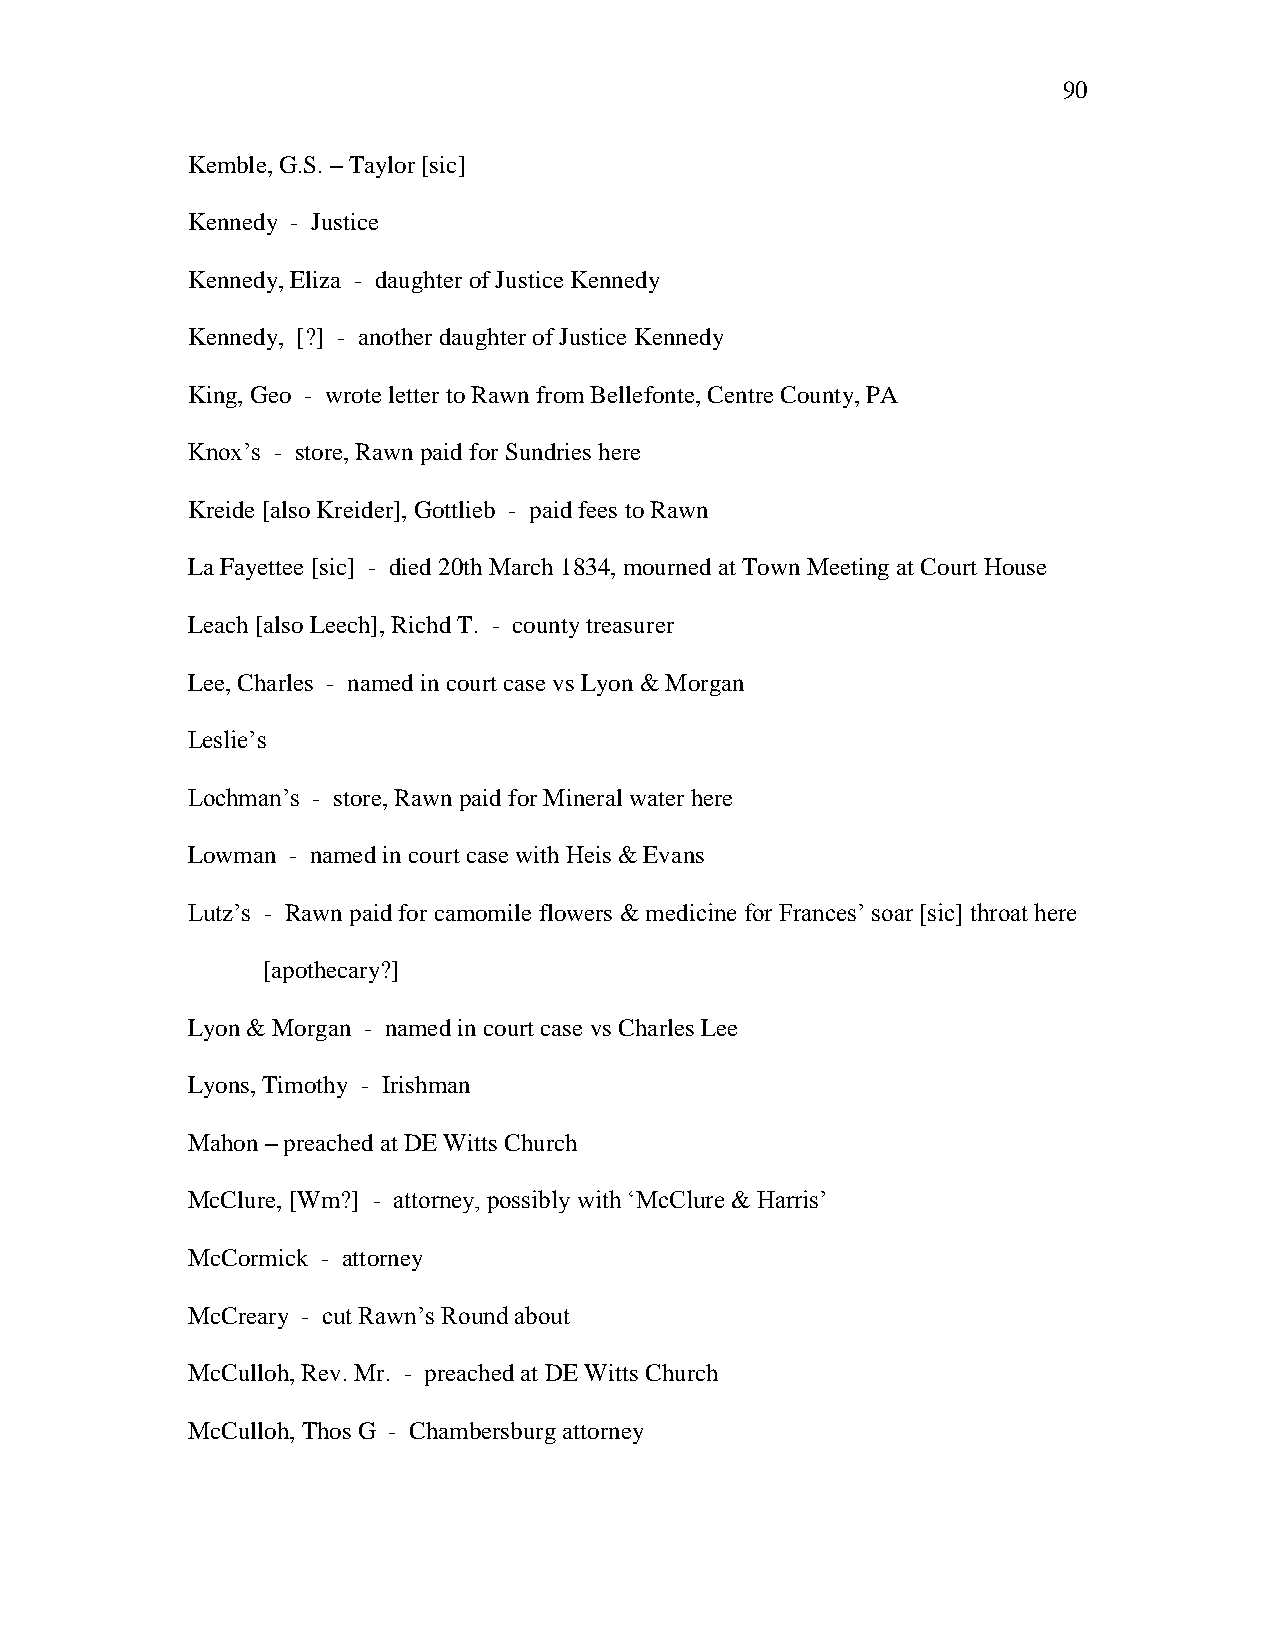
90
 Kemble, G.S. – Taylor [sic]
 Kennedy - Justice
 Kennedy, Eliza - daughter of Justice Kennedy
 Kennedy, [?] - another daughter of Justice Kennedy
 King, Geo - wrote letter to Rawn from Bellefonte, Centre County, PA
 Knox‘s - store, Rawn paid for Sundries here
 Kreide [also Kreider], Gottlieb - paid fees to Rawn
 La Fayettee [sic] - died 20th March 1834, mourned at Town Meeting at Court House
 Leach [also Leech], Richd T. - county treasurer
 Lee, Charles - named in court case vs Lyon & Morgan
 Leslie‘s
 Lochman‘s - store, Rawn paid for Mineral water here
 Lowman - named in court case with Heis & Evans
 Lutz‘s - Rawn paid for camomile flowers & medicine for Frances‘ soar [sic] throat here
 [apothecary?]
 Lyon & Morgan - named in court case vs Charles Lee
 Lyons, Timothy - Irishman
 Mahon – preached at DE Witts Church
 McClure, [Wm?] - attorney, possibly with ‗McClure & Harris‘
 McCormick - attorney
 McCreary - cut Rawn‘s Round about
 McCulloh, Rev. Mr. - preached at DE Witts Church
 McCulloh, Thos G - Chambersburg attorney